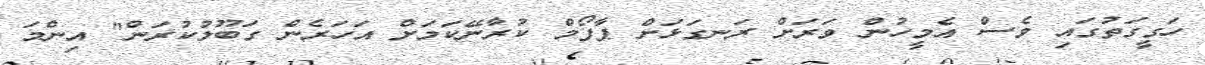
ހަގީގަތުގައި ވެސް އެމީހުން ވަރަށް ރަނގަޅަށް ޕާފޯމް ކުރާނޭކަމަށް އަހަރެން ގަބޫލުކުރަން" އިންމަ